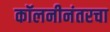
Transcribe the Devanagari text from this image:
कॉलनीनंतरचा